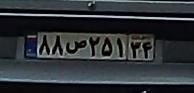
۸۸ص۲۵۱۳۴